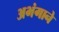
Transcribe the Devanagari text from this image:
अभंगाने